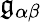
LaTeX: \mathfrak{g}_{\alpha\beta}